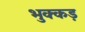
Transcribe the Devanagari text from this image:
भुक्कड़